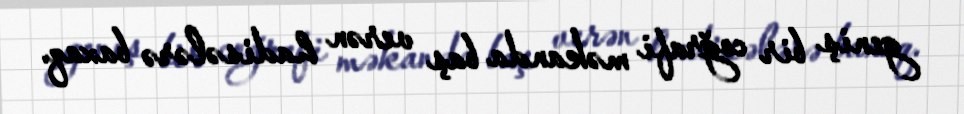
geniş bir coğrafi məkanda baş verən hadisələrə baxaq.